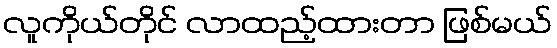
လူကိုယ်တိုင် လာထည့်ထားတာ ဖြစ်မယ်